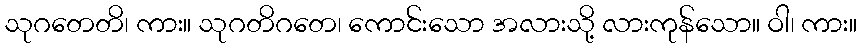
သုဂတေတိ၊ ကား။ သုဂတိဂတေ၊ ကောင်းသော အလားသို့ လားကုန်သော။ ဝါ၊ ကား။